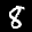
Label: 8